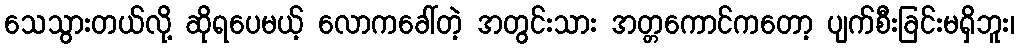
သေသွားတယ်လို့ ဆိုရပေမယ့် လောကခေါ်တဲ့ အတွင်းသား အတ္တကောင်ကတော့ ပျက်စီးခြင်းမရှိဘူး၊